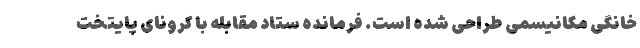
خانگی مکانیسمی طراحی شده است. فرمانده ستاد مقابله با کرونای پایتخت